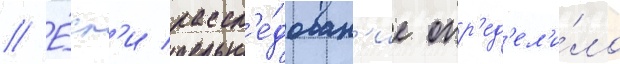
// Е́сл'и рассл'е́дован'ие опр'ед'ел'и́ло